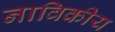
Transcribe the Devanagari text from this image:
नाविकीय